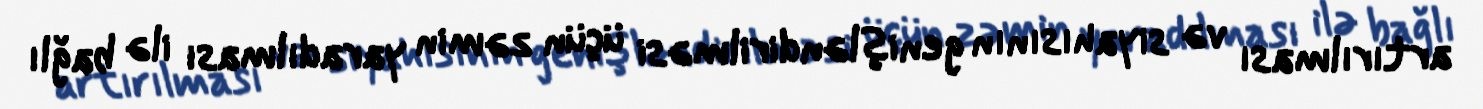
artırılması və siyahısının genişləndirilməsi üçün zəmin yaradılması ilə bağlı